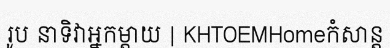
រូប នាទិវាអ្នកម្តាយ | KHTOEMHomeកំសាន្ត